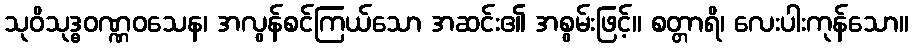
သုဝိသုဒ္ဓဝဏ္ဏဝသေန၊ အလွန်စင်ကြယ်သော အဆင်း၏ အစွမ်းဖြင့်။ စတ္တာရိ၊ လေးပါးကုန်သော။